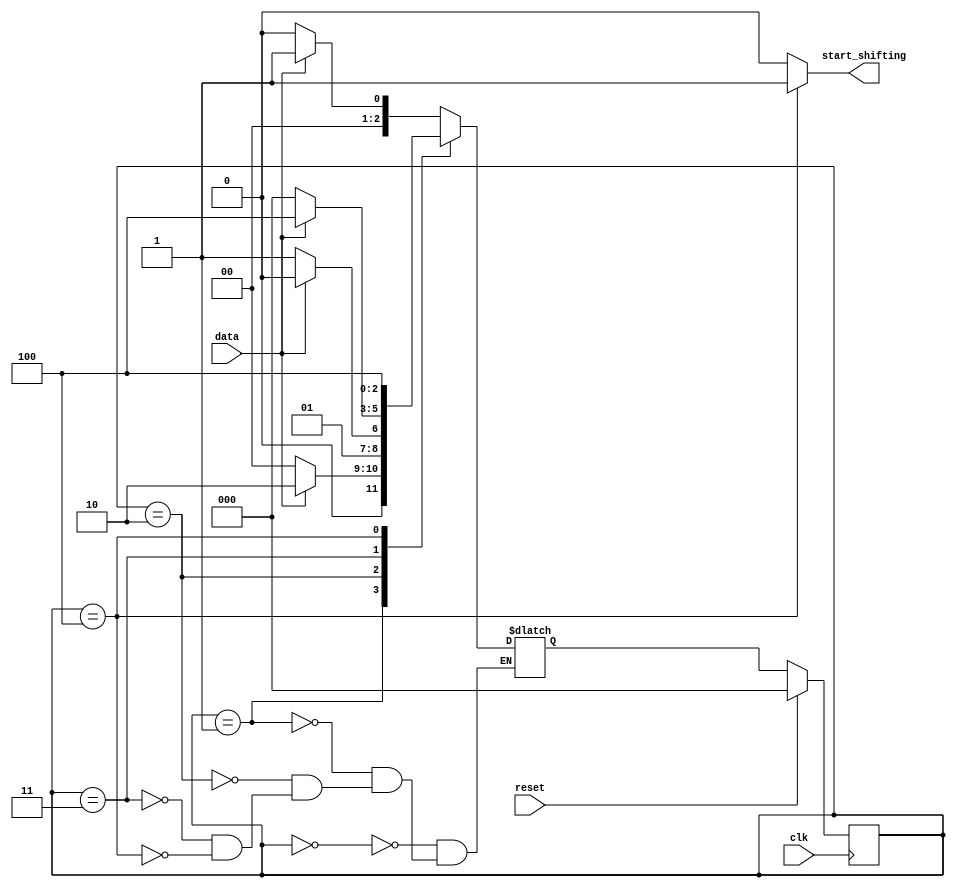
module top_module (
    input clk,
    input reset,      // Synchronous reset
    input data,
    output start_shifting);
    
    reg [2:0] current_state, next_state;
    localparam A = 3'b000, B = 3'b001, C = 3'b010, D = 3'b011, E = 3'b100;
    
    always @(posedge clk) begin
        if (reset) current_state <= A;
        else current_state <= next_state;
    end
    
    always @(*) begin
        case (current_state)
            A: next_state = (data)?B:A;
            B: next_state = (data)?C:A;
            C: next_state = (data)?C:D;
            D: next_state = (data)?E:A;
            E: next_state = E;
        endcase
    end
    
    assign start_shifting = (current_state == E)?1'b1:1'b0;

endmodule